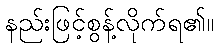
နည်းဖြင့်စွန့်လိုက်ရ၏။